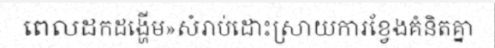
ពេលដកដង្ហើម»សំរាប់ដោះស្រាយការខ្វែងគំនិតគ្នា